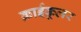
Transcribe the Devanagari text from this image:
क्राईकूलर